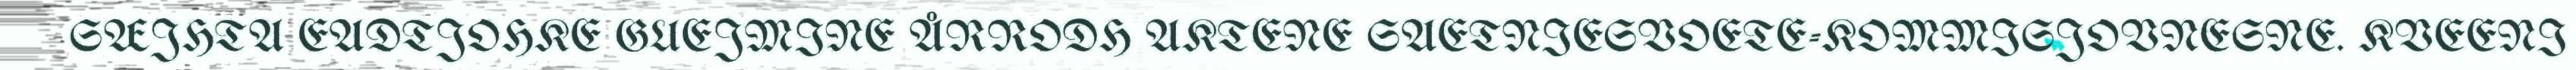
SÆJHTA EADTJOHKE GUEJMINE ÅRRODH AKTENE SAETNIESVOETE-KOMMISJOVNESNE. KVEENI